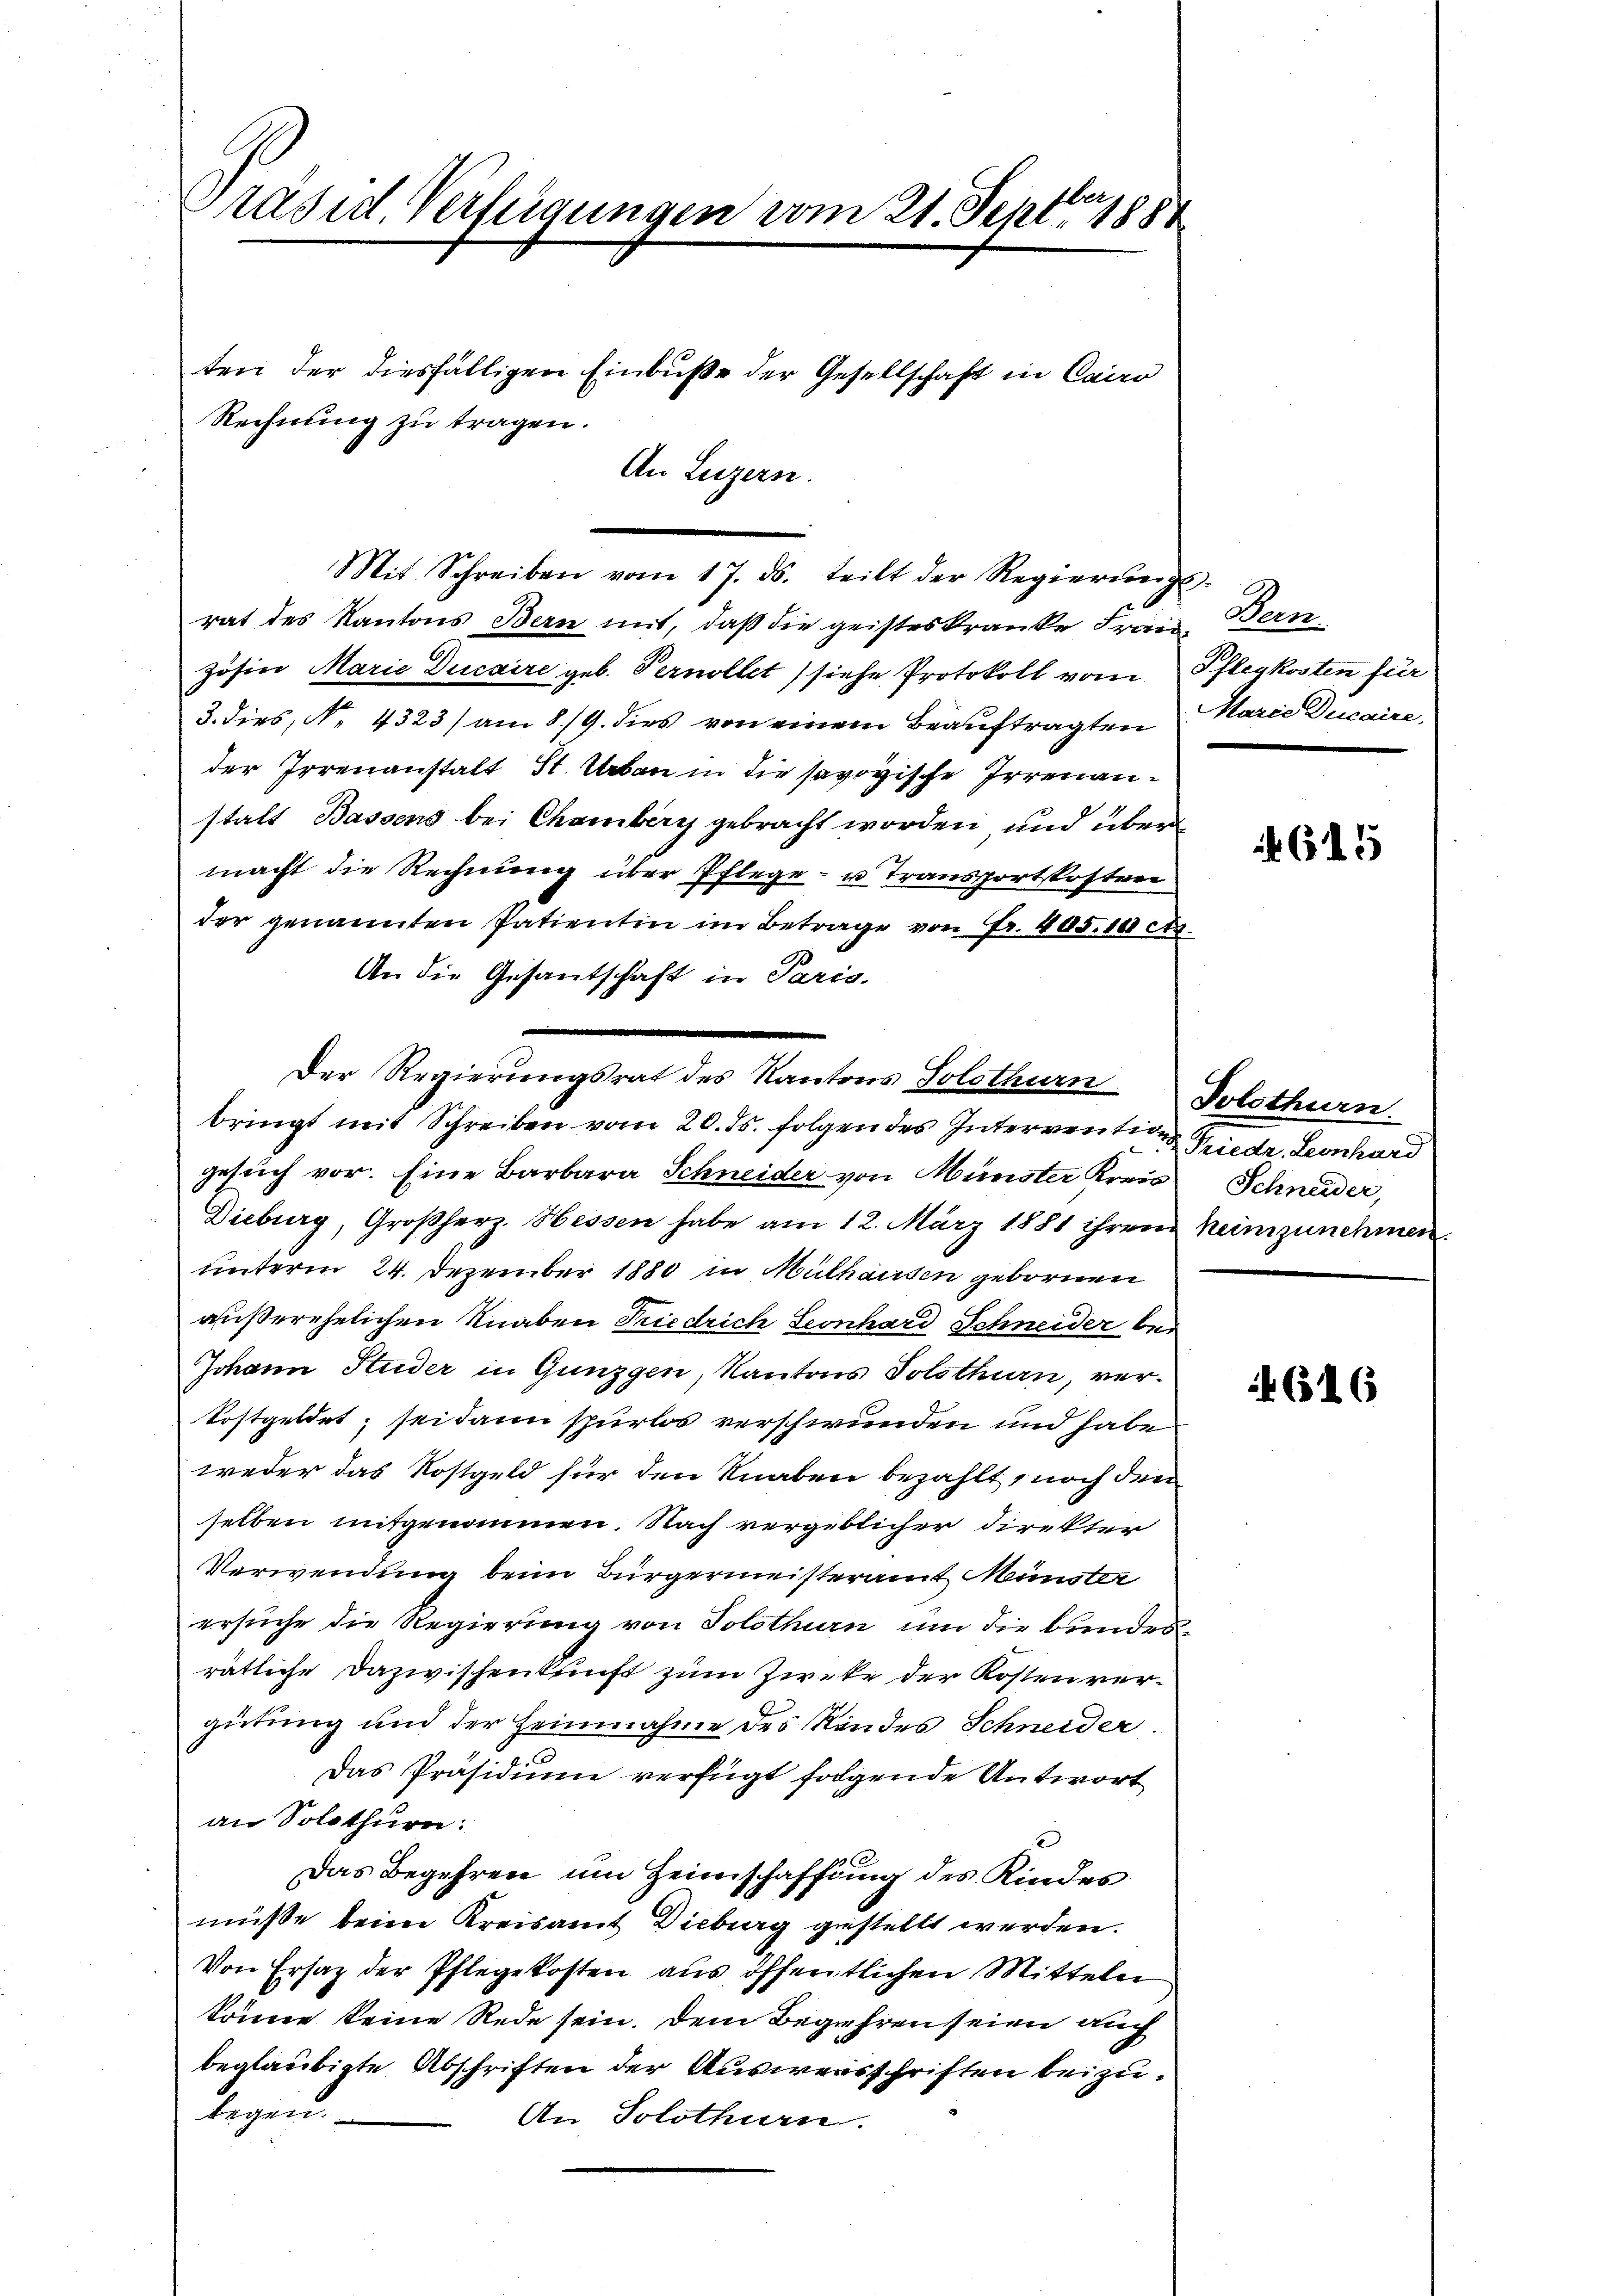
Präsid. Verfügungen vom 21. Sept. 1881

Rechnung zu tragen.
An Luzern.

ten der diesfälligen Einbuße der Gesellschaft in Cairo

rat des Kantons Bern mit, daß die geisteskranke Frau, Bern
Zösin Marie Ducaire geb. Pernollet siehe Protokoll vom
3. dies, N. 4323) am 8./9. dies von einem Beauftragten
der Irrenanstalt St. Urban in die savoyische Irrenanstalt Bassens bei Chamberg gebracht worden und über
macht die Rechnung über Pflege- u Transportkosten
der genannten Patientin im Betrage von Fr. 405. 100 es
An die Gesantschaft in Paris,
bringt mit Schreiben vom 20. ds. folgen des Intervention Friedr. Leonhard
gesuch vor. Eine Barbara Schneider von Münster Kreis Schneider,
Dieburg, Großherz. Hessen habe am 12. März 1881 ihren heimzunehmen.
unterm 24. Dezember 1880 in Mülhausen gebornen
außerehelichen Knaben Friedrich Leonhard Schneider bei
Johann Huder in Gunzgen, Kantons Solothurn, verkostgeldet; sei dann spurlos verschwunden und habe
weder das Kostgeld für den Knaben bezahlt, noch den
selben mitgenommen. Nach vergeblicher Direkter
Verwendung beim Bürgermeisteramt Münster
ersuche die Regierung von Solothurn um die bundes
rätliche Dazwischenkunft zum Zweke der Kosten vergütung und der Heinnahme des Randes Schneider.
Das Präsidium verfügt folgende Antwort
an Solothurn:
Das Begehren um Heimschaffung des Kindes
müsse beim Kreisamt Dieburg gestellt werden.
Von Ersatz der Pflegekosten aus öffentlichen Mitteln
könne keine Rede sein. Dem Begehren seien auch
beglaubigte Abschriften der Ausweisschriften beizulegen.
An Solothurn.

Mit Schreiben vom 17. ds. teilt der Regierŭngs-

Der Regierungsrat des Kantons Solothurn

Pflegkosten für
Marie Ducaire.

615

Solothurn

616